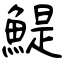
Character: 鯷